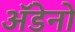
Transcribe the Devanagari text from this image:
अॅडेनो